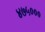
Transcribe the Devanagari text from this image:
४७५०००